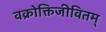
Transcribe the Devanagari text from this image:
वक्रोक्तिजीवितम्